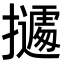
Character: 𭢾